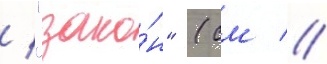
/ "зако́н" (см //